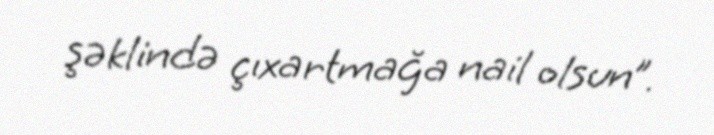
şəklində çıxartmağa nail olsun”.